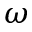
\omega